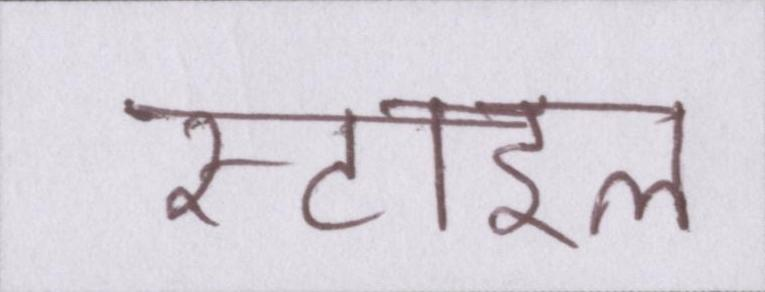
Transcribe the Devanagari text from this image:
स्टाइल